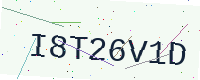
Text: I8T26V1D